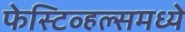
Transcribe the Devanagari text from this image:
फेस्टिव्हल्समध्ये